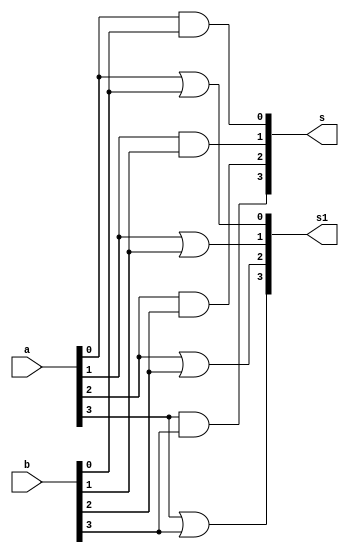
// -------------------------
// Exemplo0031 - F4
// Nome: Jenifer Henrique
// -------------------------
// -------------------------
// f4_gate
// -------------------------
   module f4 (output [3:0] s, output [3:0] s1, input   [3:0] a, input   [3:0] b);
   // descrever por portas
   and AND1(s[0], a[0], b[0]);
   and AND2(s[1], a[1], b[1]);
   and AND3(s[2], a[2], b[2]);
   and AND4(s[3], a[3], b[3]);

   or OR1(s1[0], a[0], b[0]);
   or OR2(s1[1], a[1], b[1]);
   or OR3(s1[2], a[2], b[2]);
   or OR4(s1[3], a[3], b[3]);
   
   endmodule // f4

   module test_f4;
// ------------------------- definir dados
   reg [3:0] x;
   reg [3:0] y;
   wire [3:0] z;
   wire [3:0] z1;
   f4 modulo (z, z1, x, y);

// ------------------------- parte principal
   initial begin
   $display("Exemplo0031 - Jenifer Henrique - 427420");
   $display("Test LU's module");
   $display("\n A    |  B   | AND | OR ");
   $monitor("%3b %3b %3b %3b ",x,y,z,z1);

       //projetar testes do modulo
       x = 4'b0000;   y = 4'b0000;
       #1 x = 4'b0001;   y = 4'b0000;
       #1 x = 4'b0010;   y = 4'b0000;
       #1 x = 4'b0011;   y = 4'b0000;
       #1 x = 4'b0100;   y = 4'b0000;
       #1 x = 4'b0101;   y = 4'b0000;
       #1 x = 4'b0110;   y = 4'b0000;
       #1 x = 4'b0111;   y = 4'b0000;
       #1 x = 4'b1000;   y = 4'b1111;
       #1 x = 4'b1001;   y = 4'b1111;
       #1 x = 4'b1010;   y = 4'b1111;
       #1 x = 4'b1011;   y = 4'b1111;
       #1 x = 4'b1100;   y = 4'b1111;
       #1 x = 4'b1101;   y = 4'b1111;
       #1 x = 4'b1110;   y = 4'b1111;
       #1 x = 4'b1111;   y = 4'b1111;

   end
endmodule // test_f4